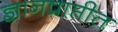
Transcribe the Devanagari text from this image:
ज्ञानप्राप्तीत